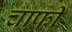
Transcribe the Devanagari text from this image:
चाफी